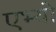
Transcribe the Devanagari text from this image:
एभ्यो